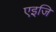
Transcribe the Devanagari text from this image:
एइजि